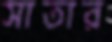
সাতার